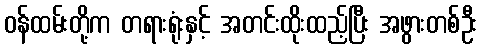
ဝန်ထမ်းတို့က တရားရုံးနှင့် အတင်းထိုးထည့်ပြီး အဖွားတစ်ဦး